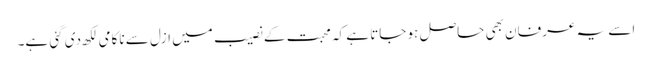
اسے یہ عرفان بھی حاصل ہو جاتا ہے کہ محبت کے نصیب میں ازل سے ناکامی لکھ دی گئی ہے۔